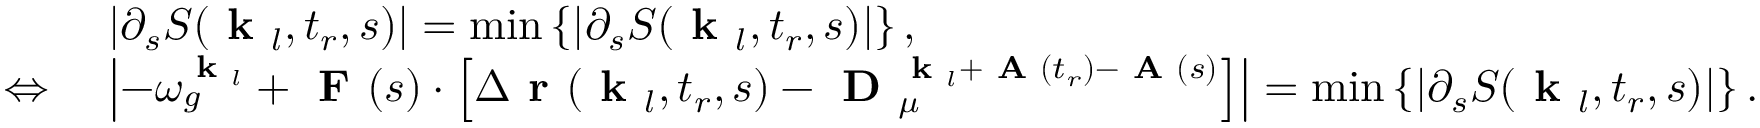
\begin{array} { r l } & { \left| \partial _ { s } S ( \textbf { k } _ { l } , t _ { r } , s ) \right| = \operatorname* { m i n } \left\{ \left| \partial _ { s } S ( \textbf { k } _ { l } , t _ { r } , s ) \right| \right\} , } \\ { \Leftrightarrow \ } & { \left| - \omega _ { g } ^ { \textbf { k } _ { l } } + \textbf { F } ( s ) \cdot \left[ \Delta \textbf { r } ( \textbf { k } _ { l } , t _ { r } , s ) - \textbf { D } _ { \mu } ^ { \textbf { k } _ { l } + \textbf { A } ( t _ { r } ) - \textbf { A } ( s ) } \right] \right| = \operatorname* { m i n } \left\{ \left| \partial _ { s } S ( \textbf { k } _ { l } , t _ { r } , s ) \right| \right\} . } \end{array}